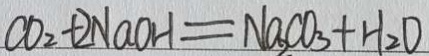
C O _ { 2 } + 2 N a O H = N a _ { 2 } C O _ { 3 } + H _ { 2 } O